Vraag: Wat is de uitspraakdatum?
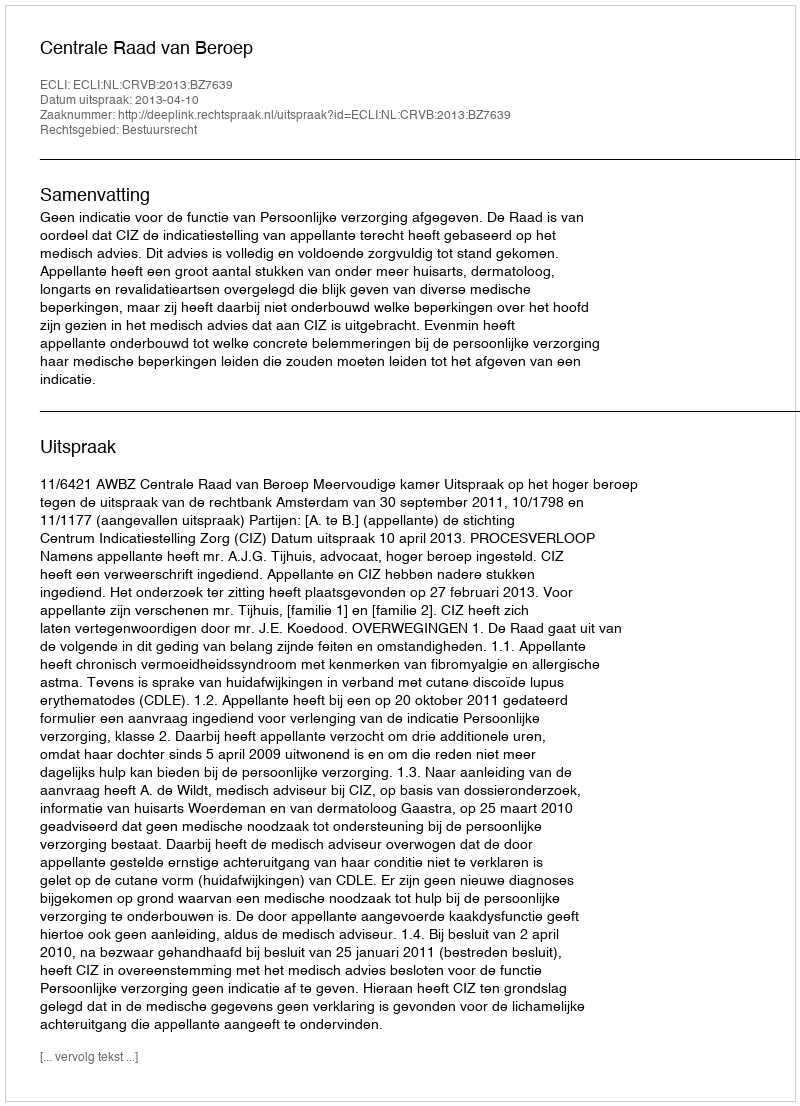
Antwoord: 2013-04-10